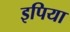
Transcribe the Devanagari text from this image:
इपिया